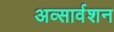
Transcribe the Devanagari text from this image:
अव्सार्वशन